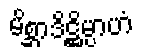
မိစ္ဆာဒိဋ္ဌိမ္ပာဟံ